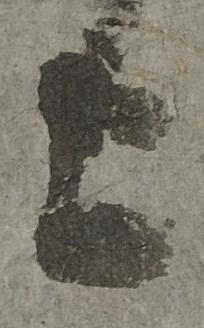
上